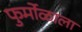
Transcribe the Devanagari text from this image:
फुर्मोळाला